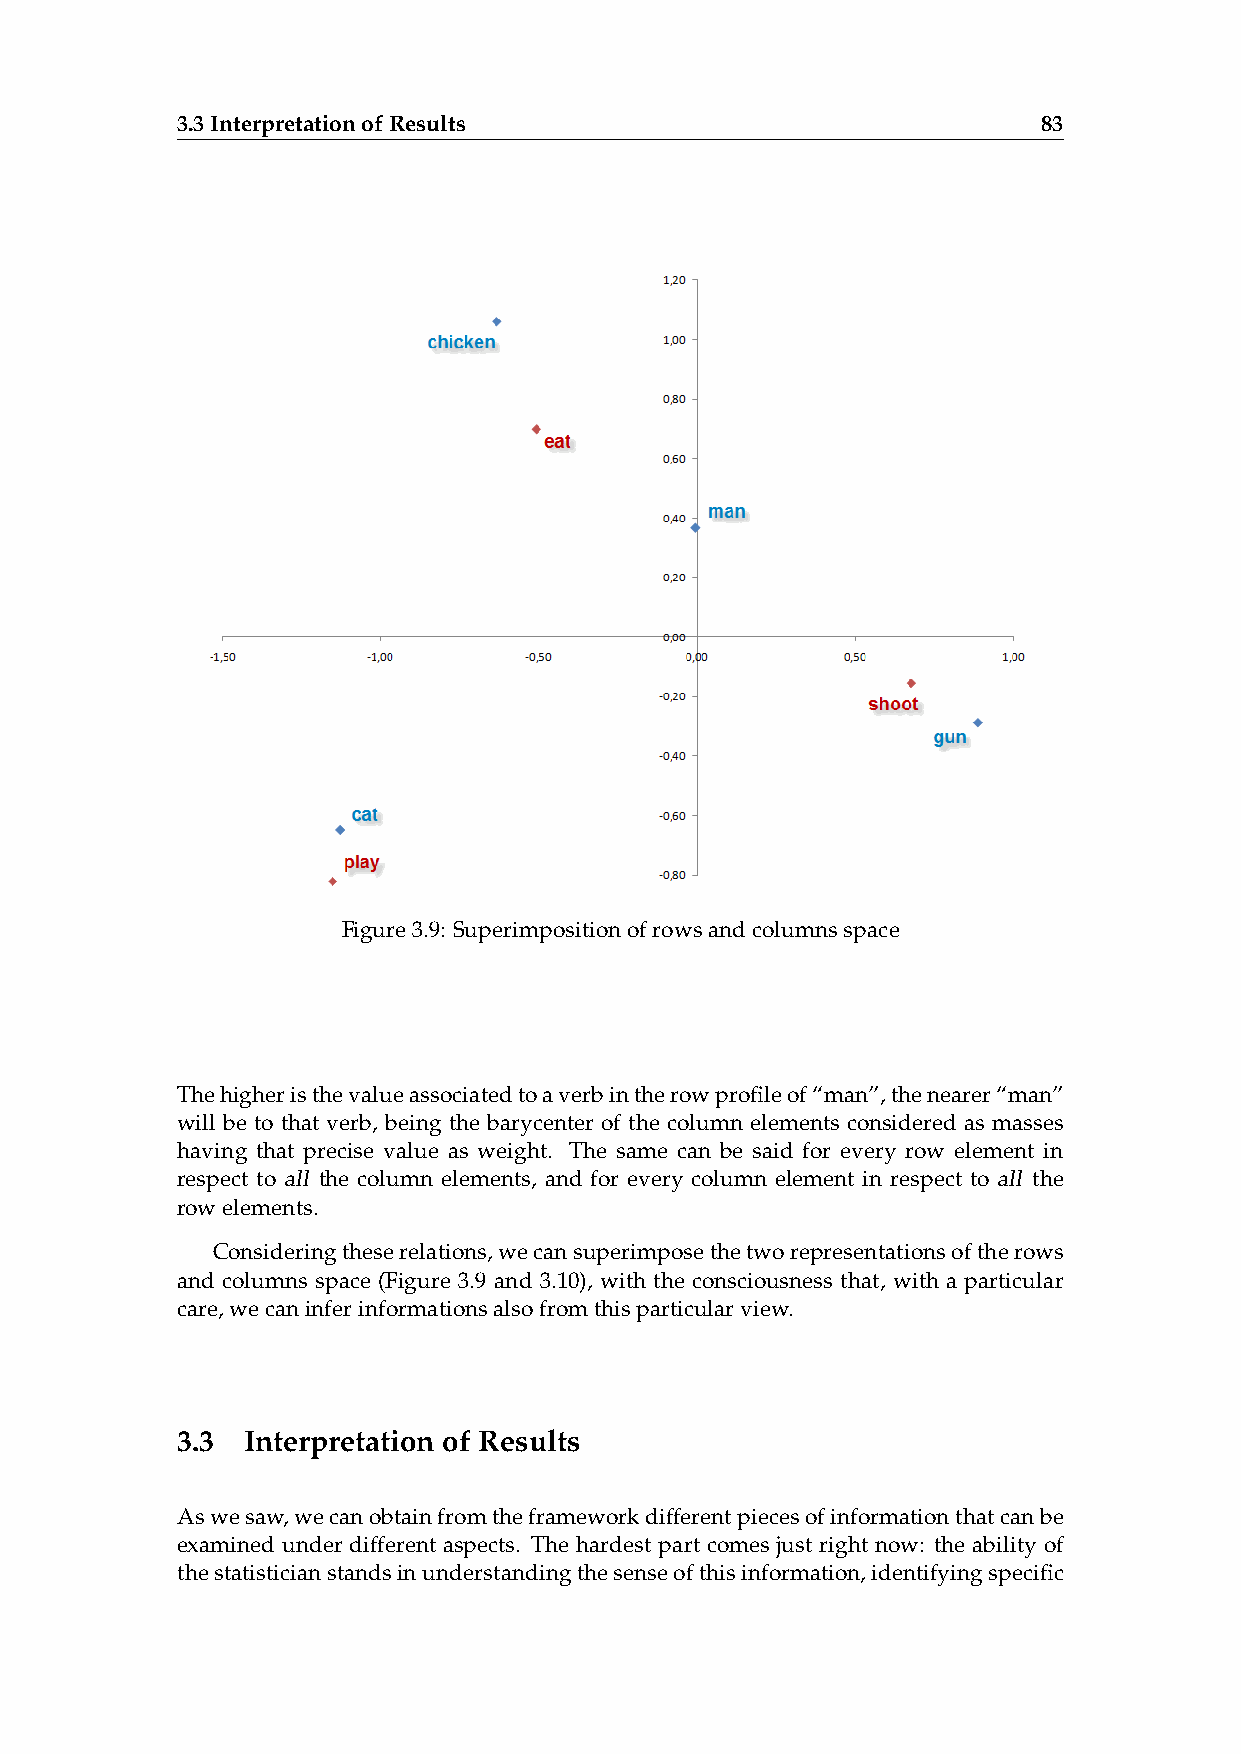
3.3InterpretationofResults                               83
 Figure3.9: Superimpositionofrowsandcolumnsspace
 Thehigheristhevalueassociatedtoaverbintherowprofileof“man”,thenearer“man”
 will be to that verb, being the barycenter of the column elements considered as masses
 having that precise value as weight. The same can be said for every row element in
 respect to all the column elements, and for every column element in respect to all the
 rowelements.
 Consideringtheserelations,wecansuperimposethetworepresentationsoftherows
 and columns space (Figure 3.9 and 3.10), with the consciousness that, with a particular
 care,wecaninferinformationsalsofromthisparticularview.
 3.3 Interpretation of Results
 Aswesaw,wecanobtainfromtheframeworkdifferentpiecesofinformationthatcanbe
 examined under different aspects. The hardest part comes just right now: the ability of
 thestatisticianstandsinunderstandingthesenseofthisinformation,identifyingspecific